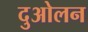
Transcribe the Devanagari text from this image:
दुओलन